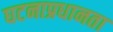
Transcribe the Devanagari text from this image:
घटनाप्रधानता